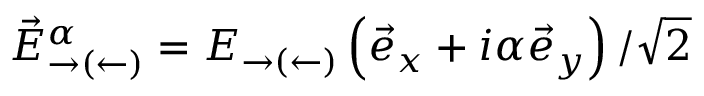
\vec { E } _ { \rightarrow ( \leftarrow ) } ^ { \alpha } = E _ { \rightarrow ( \leftarrow ) } \left( \vec { e } _ { x } + i \alpha \vec { e } _ { y } \right) / \sqrt { 2 }